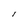
Character: I